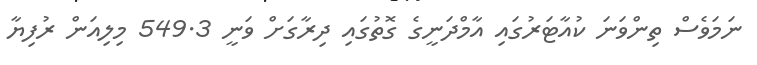
ނަމަވެސް ތިންވަަނަ ކުއާޓަރުގައި އާމްދަނީގެ ގޮތުގައި ދިރާގަށް ވަނީ 549.3 މިލިއަން ރުފިޔާ